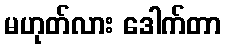
မဟုတ်လား ဒေါက်တာ